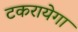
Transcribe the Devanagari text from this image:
टकरायेगा